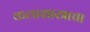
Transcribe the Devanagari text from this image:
कलाशास्त्राचा